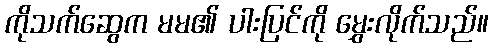
ကိုသက်ဆွေက မမ၏ ပါးပြင်ကို မွှေးလိုက်သည်။